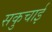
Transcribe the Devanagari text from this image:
सकुचाई